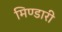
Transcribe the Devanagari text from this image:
मिण्डारी